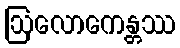
ဩလောကေန္တဿ